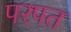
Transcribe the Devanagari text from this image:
परपत